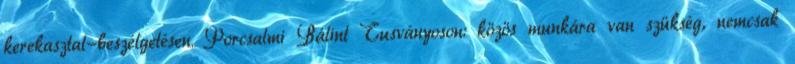
kerekasztal-beszélgetésen. Porcsalmi Bálint Tusványoson: közös munkára van szükség, nemcsak